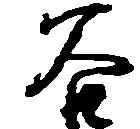
谷